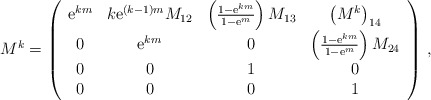
\begin{align*}M^k = \left( \begin{array}{cccc} {\rm e}^{km} & k {\rm e}^{(k-1)m} M_{12} & \left( \frac{1-{\rm e}^{km}}{1-{\rm e}^{m}}\right) M_{13} & \left(M^{k}\right)_{14} \\ 0 & {\rm e}^{km} & 0 & \left( \frac{1-{\rm e}^{km}}{1-{\rm e}^{m}}\right)M_{24} \\ 0 & 0 & 1& 0 \\ 0 & 0 & 0 & 1\end{array} \right)\, ,\end{align*}